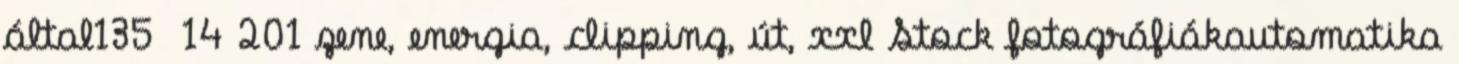
által135 14 201 zene, energia, clipping, út, xxl Stock fotográfiákautomatika